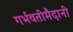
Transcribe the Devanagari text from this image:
गर्भवतीमैदानी